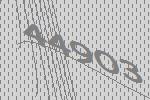
44903